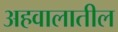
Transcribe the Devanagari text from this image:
अहवालातील